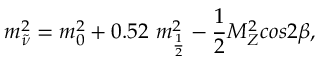
m _ { \tilde { \nu } } ^ { 2 } = m _ { 0 } ^ { 2 } + 0 . 5 2 ~ m _ { \frac { 1 } { 2 } } ^ { 2 } - { \frac { 1 } { 2 } } M _ { Z } ^ { 2 } c o s 2 \beta ,